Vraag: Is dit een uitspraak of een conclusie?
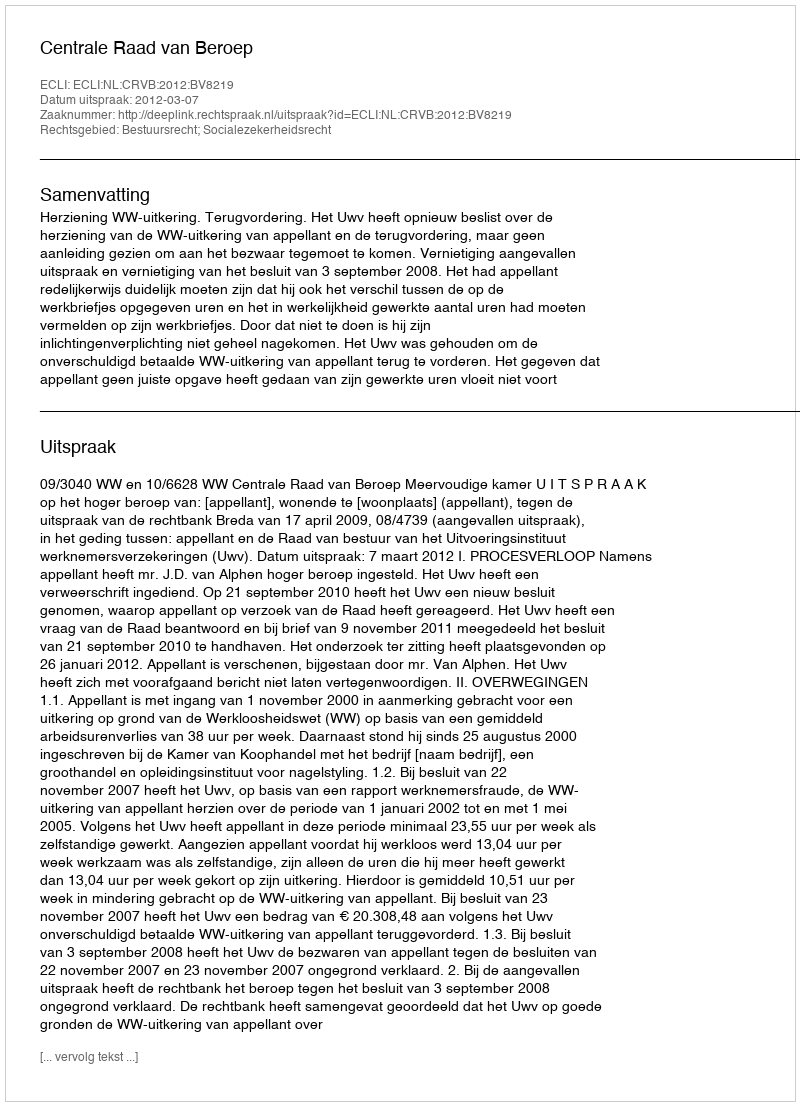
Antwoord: Uitspraak